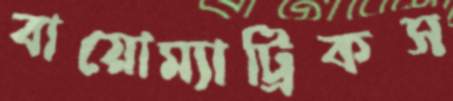
বায়োম্যাট্রিকস